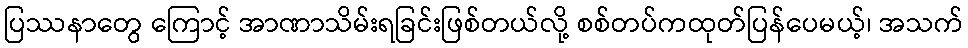
ပြဿနာတွေ ကြောင့် အာဏာသိမ်းရခြင်းဖြစ်တယ်လို့ စစ်တပ်ကထုတ်ပြန်ပေမယ့်၊ အသက်